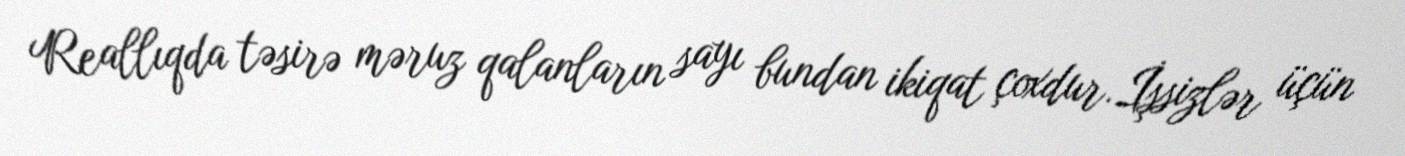
Reallıqda təsirə məruz qalanların sayı bundan ikiqat çoxdur.İşsizlər üçün